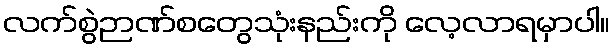
လက်စွဲဉာဏ်စတွေသုံးနည်းကို လေ့လာရမှာပါ။